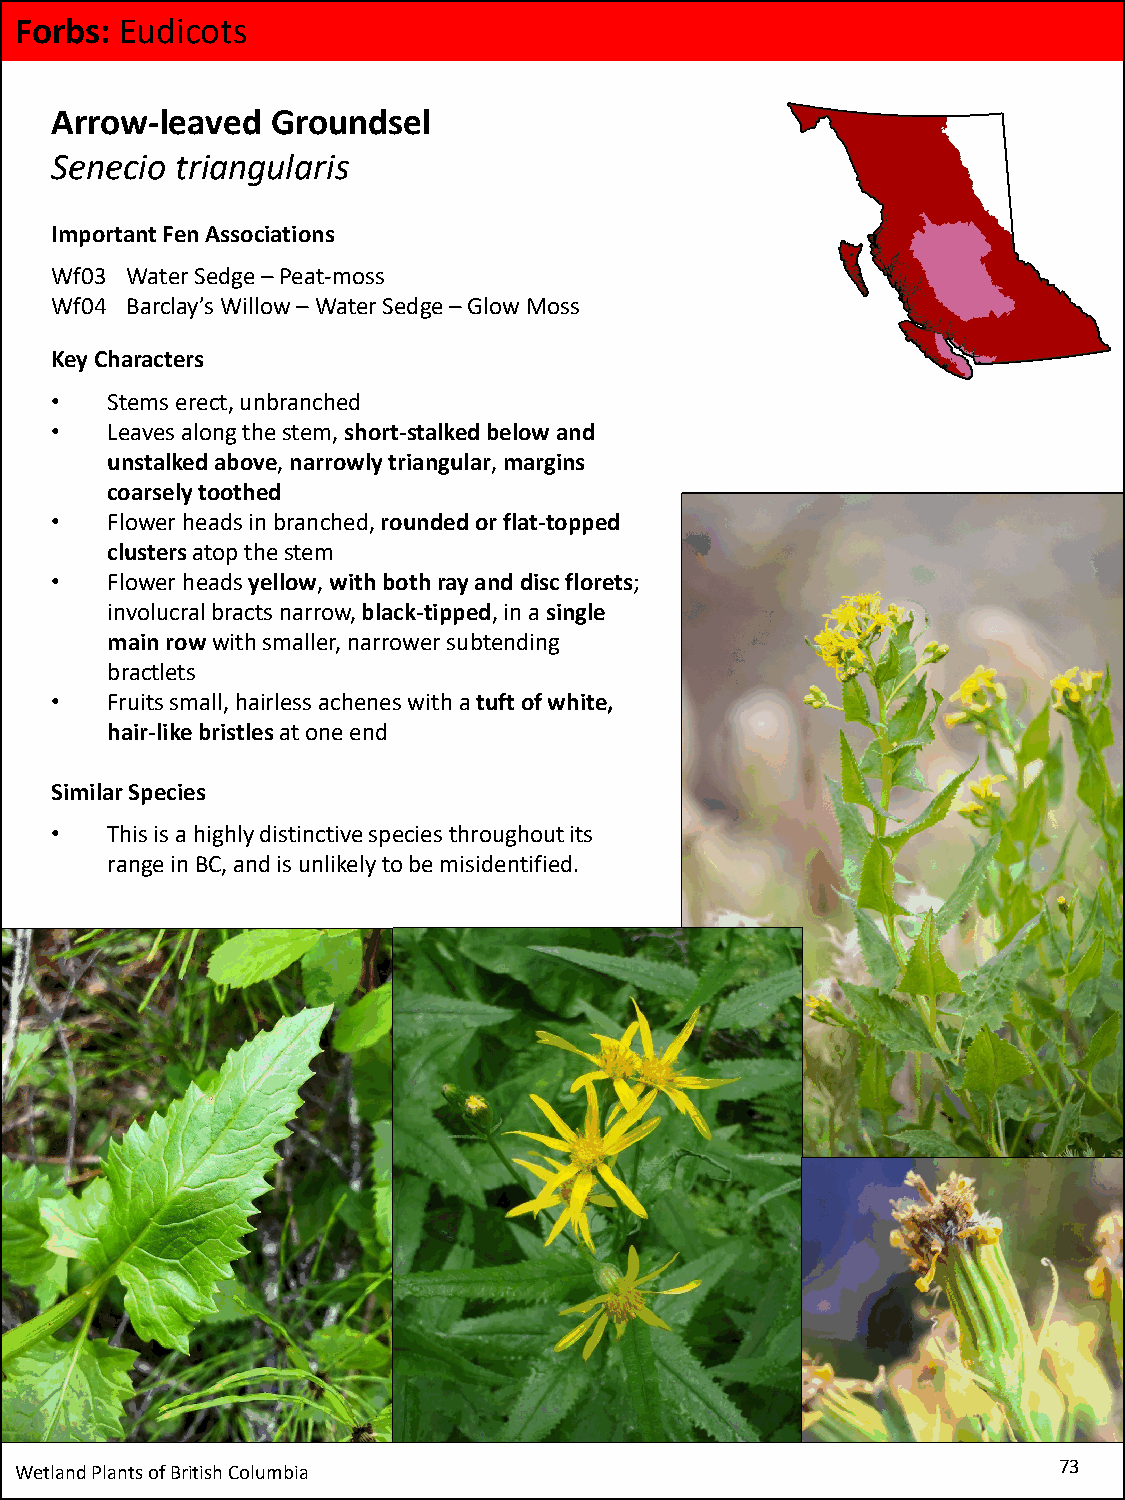
Forbs: Eudicots
 Arrow-leaved   Groundsel
 Senecio  triangularis
 Important Fen Associations
 Wf03 Water Sedge –Peat-moss
 Wf04 Barclay’s Willow –Water Sedge –Glow Moss
 Key Characters
 •   Stems erect, unbranched
 •   Leaves along the stem, short-stalked below and
 unstalkedabove, narrowly triangular, margins
 coarsely toothed
 •   Flower heads in branched,rounded or flat-topped
 clusters atop the stem
 •   Flower heads yellow, with both ray and disc florets;
 involucralbracts narrow, black-tipped, in a single
 main rowwith smaller, narrower subtending
 bractlets
 •   Fruits small, hairless achenes with a tuft of white,
 hair-like bristles at one end
 Similar Species
 •   This is a highly distinctive species throughout its
 range in BC, and is unlikely to be misidentified.
 Wetland Plants of British Columbia                                   73